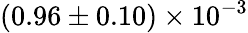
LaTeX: (0.96\pm 0.10)\times 10^{-3}